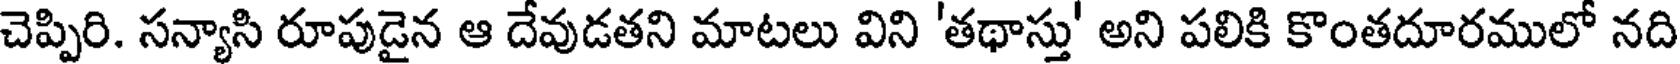
చెప్పిరి. సన్యాసి రూపుడైన ఆ దేవుడతని మాటలు విని 'తథాస్తు' అని పలికి కొంతదూరములో నది